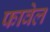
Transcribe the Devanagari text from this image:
फावेल